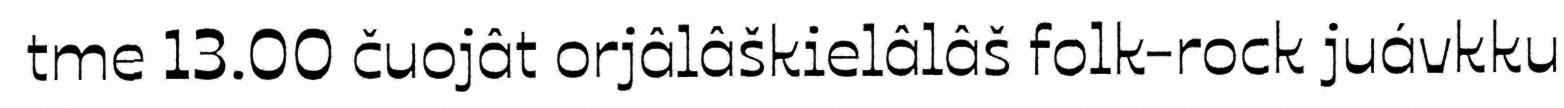
tme 13.00 čuojât orjâlâškielâlâš folk-rock juávkku